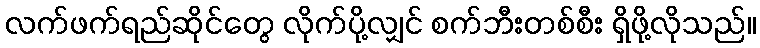
လက်ဖက်ရည်ဆိုင်တွေ လိုက်ပို့လျှင် စက်ဘီးတစ်စီး ရှိဖို့လိုသည်။